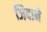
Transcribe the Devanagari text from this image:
जिदाने